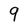
Character: 9